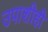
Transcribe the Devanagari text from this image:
उपाशीही